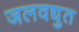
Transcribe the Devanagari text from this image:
जलवद्युत